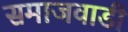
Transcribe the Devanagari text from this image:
समाजवाडी